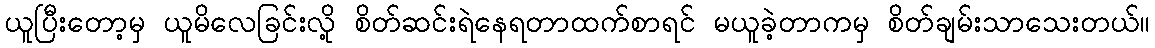
ယူပြီးတော့မှ ယူမိလေခြင်းလို့ စိတ်ဆင်းရဲနေရတာထက်စာရင် မယူခဲ့တာကမှ စိတ်ချမ်းသာသေးတယ်။